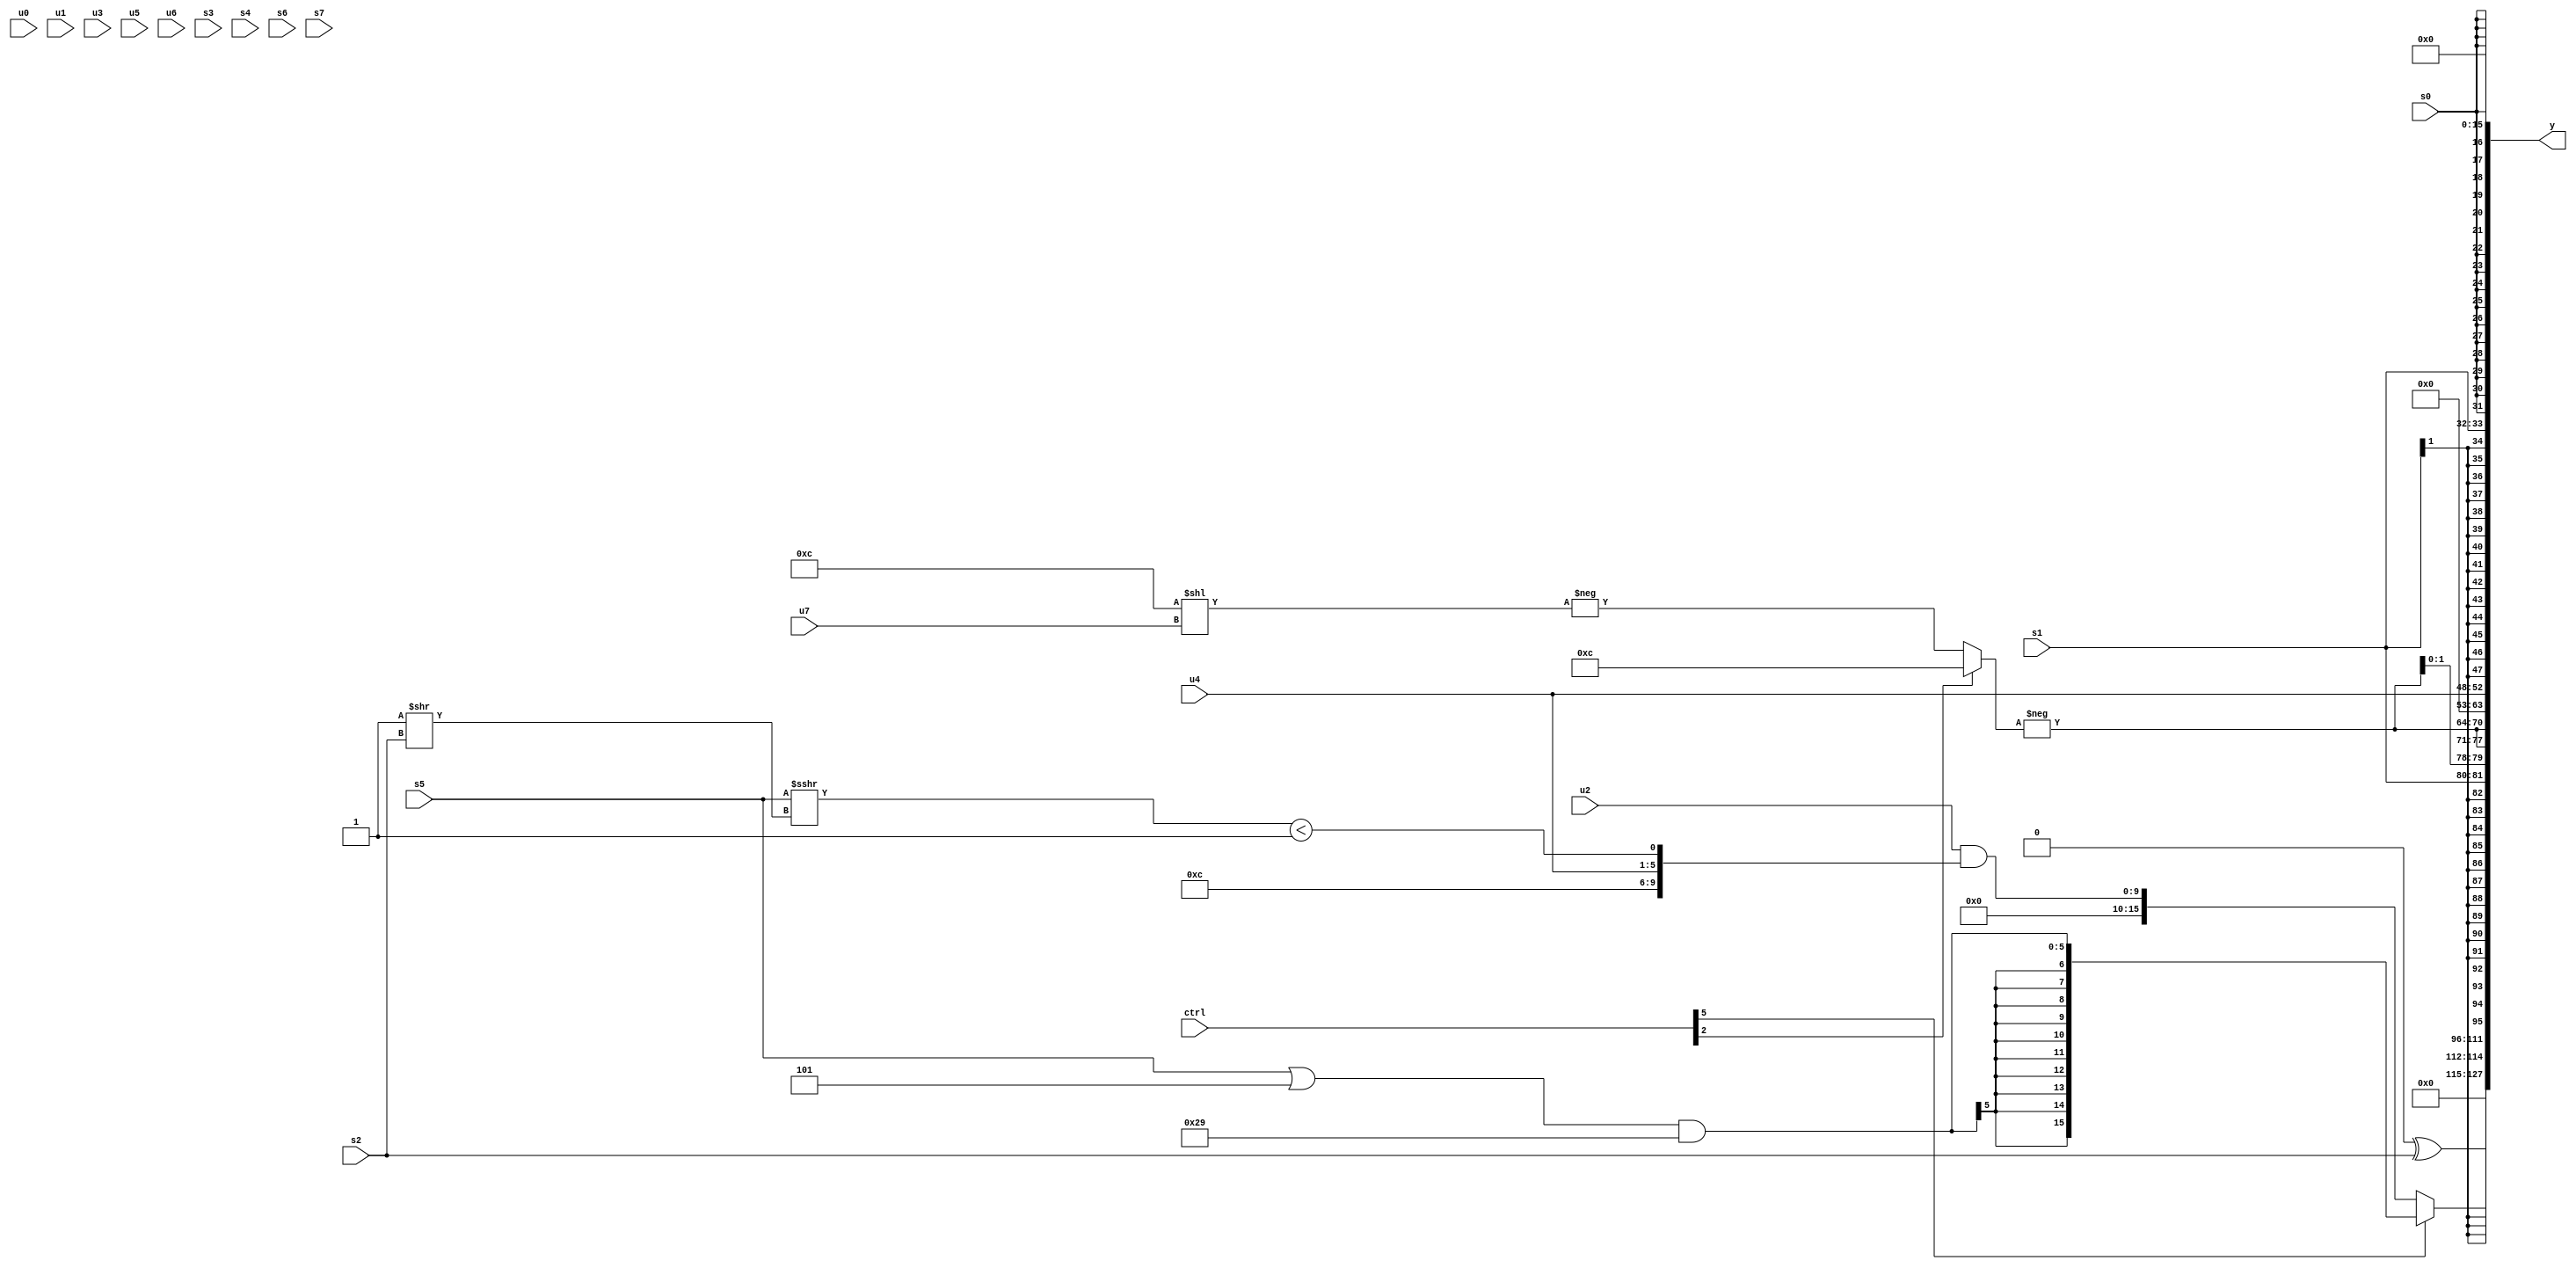
module wideexpr_00143(ctrl, u0, u1, u2, u3, u4, u5, u6, u7, s0, s1, s2, s3, s4, s5, s6, s7, y);
  input [7:0] ctrl;
  input [0:0] u0;
  input [1:0] u1;
  input [2:0] u2;
  input [3:0] u3;
  input [4:0] u4;
  input [5:0] u5;
  input [6:0] u6;
  input [7:0] u7;
  input signed [0:0] s0;
  input signed [1:0] s1;
  input signed [2:0] s2;
  input signed [3:0] s3;
  input signed [4:0] s4;
  input signed [5:0] s5;
  input signed [6:0] s6;
  input signed [7:0] s7;
  output [127:0] y;
  wire [15:0] y0;
  wire [15:0] y1;
  wire [15:0] y2;
  wire [15:0] y3;
  wire [15:0] y4;
  wire [15:0] y5;
  wire [15:0] y6;
  wire [15:0] y7;
  assign y = {y0,y1,y2,y3,y4,y5,y6,y7};
  assign y0 = ((6'sb101111)>(+(+($signed(4'sb0101)))))^($unsigned($signed(s2)));
  assign y1 = ((ctrl[5]?((s5)|(3'sb101))&(-(~(6'sb101000))):$signed((u2)&({($signed(1'sb1))<<<({1{2'sb10}}),4'sb1100,u4,(($unsigned(s5))>>>((1'sb1)>>(s2)))<(!((1'b1)&(6'sb010000)))}))))>>>(-(1'sb0));
  assign y2 = s1;
  assign y3 = {4{$signed(-((ctrl[2]?+(5'sb01100):(ctrl[2]?((ctrl[7]?s6:s4))&(+(s2)):-((5'sb01100)<<(u7))))))}};
  assign y4 = +(u4);
  assign y5 = $signed(s1);
  assign y6 = s0;
  assign y7 = 3'b000;
endmodule